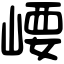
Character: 崾